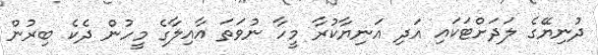
ދުނިޔޭގެ ލަދަށްޓަކައި އަދި އަނިޔާކުރާ މީހާ ނުވަތަ އާއިލާގެ މީހުން ދެކެ ބިރުން